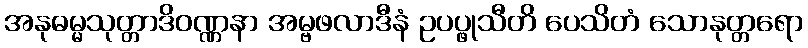
အနုဓမ္မသုတ္တာဒိဝဏ္ဏနာ အမ္ဗဖလာဒီနံ ဥပပ္ဖုသီတိ ပေသိတံ သောနုတ္တရော